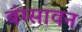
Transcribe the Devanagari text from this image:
बंग्सावन